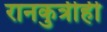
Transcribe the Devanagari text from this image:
रानकुत्रीही